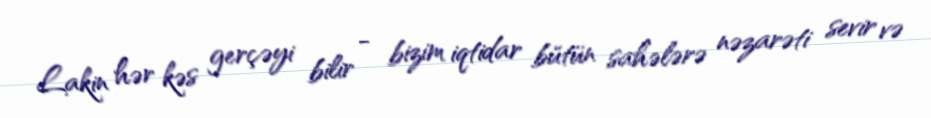
Lakin hər kəs gerçəyi bilir - bizim iqtidar bütün sahələrə nəzarəti sevir və